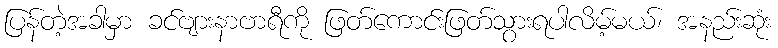
ပြန်တဲ့အခါမှာ ခင်ဗျားနာဗာရီကို ဖြတ်ကောင်းဖြတ်သွားရပါလိမ့်မယ်၊ အနည်းဆုံး